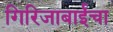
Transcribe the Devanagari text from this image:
गिरिजाबाईंचा